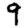
Digit: 9